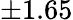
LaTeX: \pm 1.65